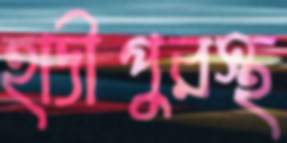
হাদীপুরস্থ